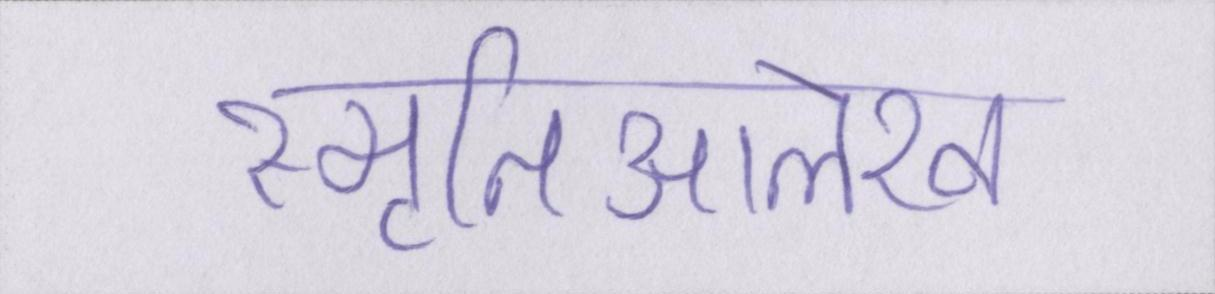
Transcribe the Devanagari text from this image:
स्मृतिआलेख